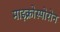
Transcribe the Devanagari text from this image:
माइक्रोस्पोरोन